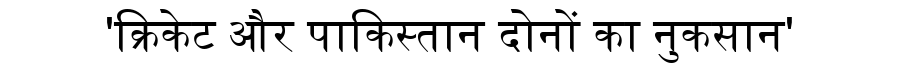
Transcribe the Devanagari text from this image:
'क्रिकेट और पाकिस्तान दोनों का नुकसान'